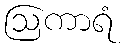
ဩကာရံ